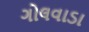
ગોલવાડા